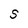
Character: S